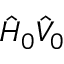
\hat { H } _ { 0 } \hat { V } _ { 0 }